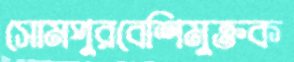
সোমপুরবেশিমুক্তক